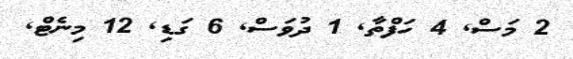
2 މަސް